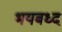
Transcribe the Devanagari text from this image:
भयबध्द